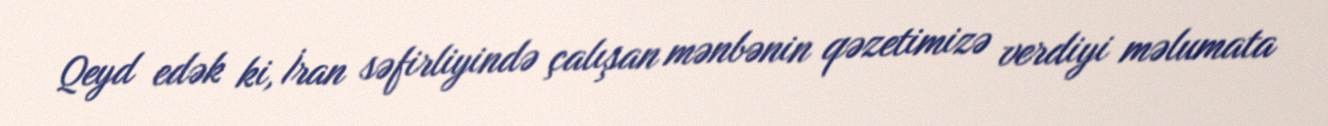
Qeyd edək ki, İran səfirliyində çalışan mənbənin qəzetimizə verdiyi məlumata